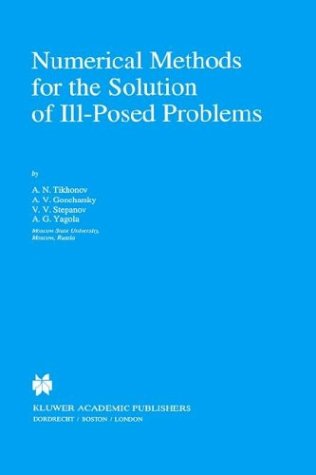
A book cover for Numerical Methods for the Solution of Ill-Posed Problems (Mathematics and Its Applications); A.N. Tikhonov; Computers & Technology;